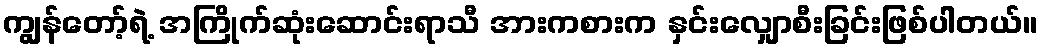
ကျွန်တော့်ရဲ့ အကြိုက်ဆုံးဆောင်းရာသီ အားကစားက နှင်းလျှောစီးခြင်းဖြစ်ပါတယ်။